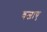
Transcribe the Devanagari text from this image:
वजाए